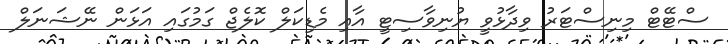
ސްޓޭޓް މިނިސްޓަރު ވިދާޅުވީ ޔުނިވާސިޓީ އާއި މެޑިކަލް ކޮލެޖް ގަމުގައި އަޅަން ނޭޝަނަލް